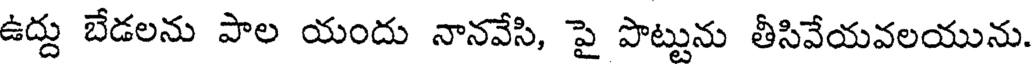
ఉద్దు బేడలను పాల యందు నానవేసి, పై పొట్టును తీసివేయవలయును.